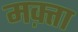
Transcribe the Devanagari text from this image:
मक़्ता